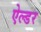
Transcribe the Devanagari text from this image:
ऐल्डर